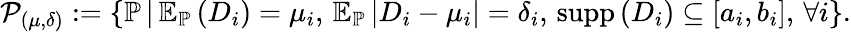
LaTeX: \mathcal{P}_{(\mu,\delta)}:=\left\{ \mathbb{P}\, |\, \mathbb{E}_{\mathbb{P}}\left(D_{i}\right)=\mu_{i},\, \mathbb{E}_{\mathbb{P}}\left|D_{i}-\mu_{i}\right|=\delta_{i},\, \operatorname{supp}\left(D_{i}\right)\subseteq\left[a_{i},b_{i}\right],\, \forall i\right\} .